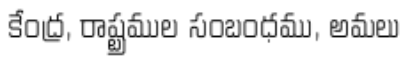
కేంద్ర, రాష్ట్రముల సంబంధము, అమలు